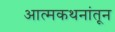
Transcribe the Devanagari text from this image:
आत्मकथनांतून